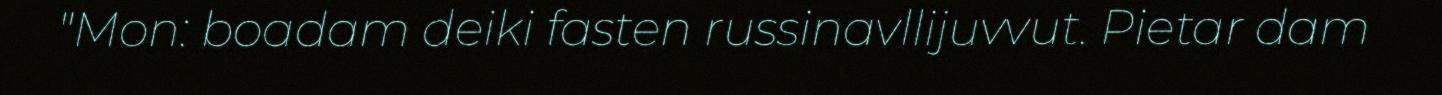
"Mon: boadam deiki fasten russinavllijuvvut. Pietar dam